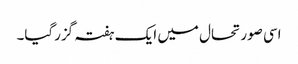
اسی صورتحال میں ایک ہفتہ گزرگیا۔